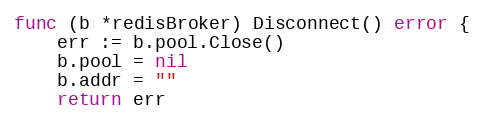
Language: Go
func (b *redisBroker) Disconnect() error {
	err := b.pool.Close()
	b.pool = nil
	b.addr = ""
	return err